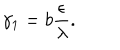
\gamma _ { 1 } = b \frac { \epsilon } { \lambda } .